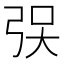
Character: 𫸯